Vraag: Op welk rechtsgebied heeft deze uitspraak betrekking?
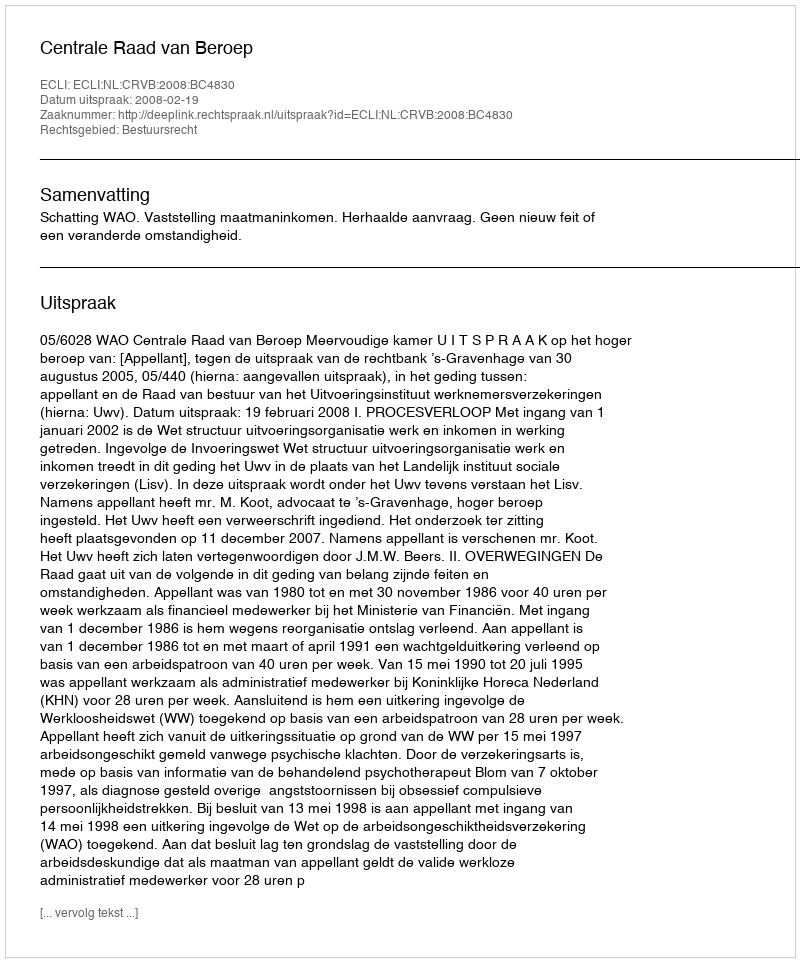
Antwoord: Bestuursrecht